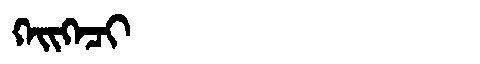
Manchu: ᡴᡝᡳᡴᡝᠴᡳ
Romanization: KEIKECI